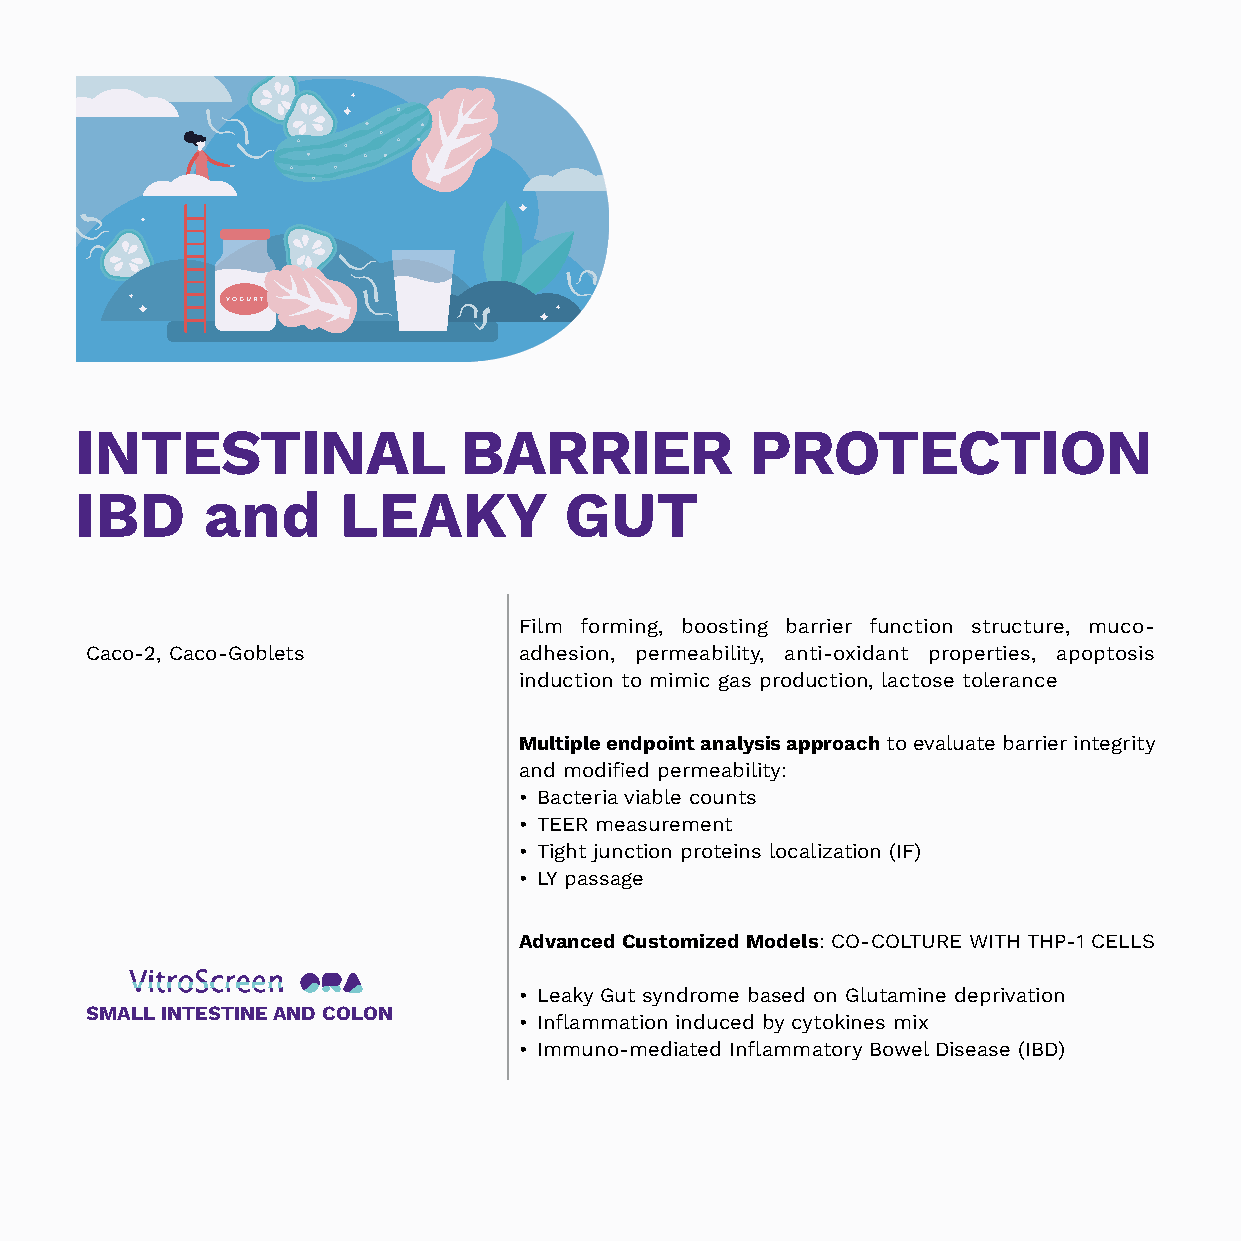
INTESTINAL               BARRIER             PROTECTION
 IBD     and      LEAKY          GUT
 Film forming, boosting barrier function structure, muco-
 Caco-2, Caco-Goblets        adhesion, permeability, anti-oxidant properties, apoptosis
 induction to mimic gas production, lactose tolerance
 Multiple endpoint analysis approach to evaluate barrier integrity
 and modified permeability:
 • Bacteria viable counts
 • TEER measurement
 • Tight junction proteins localization (IF)
 • LY passage
 Advanced Customized Models: CO-COLTURE WITH THP-1 CELLS
 • Leaky Gut syndrome based on Glutamine deprivation
 SMALL INTESTINE AND COLON
 • Inflammation induced by cytokines mix
 • Immuno-mediated Inflammatory Bowel Disease (IBD)